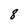
Character: 8